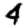
Digit: 4